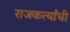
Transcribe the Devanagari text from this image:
राजकर्त्यांची